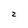
Character: z